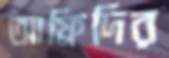
আফ্রিদির